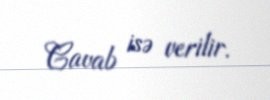
Cavab isə verilir.